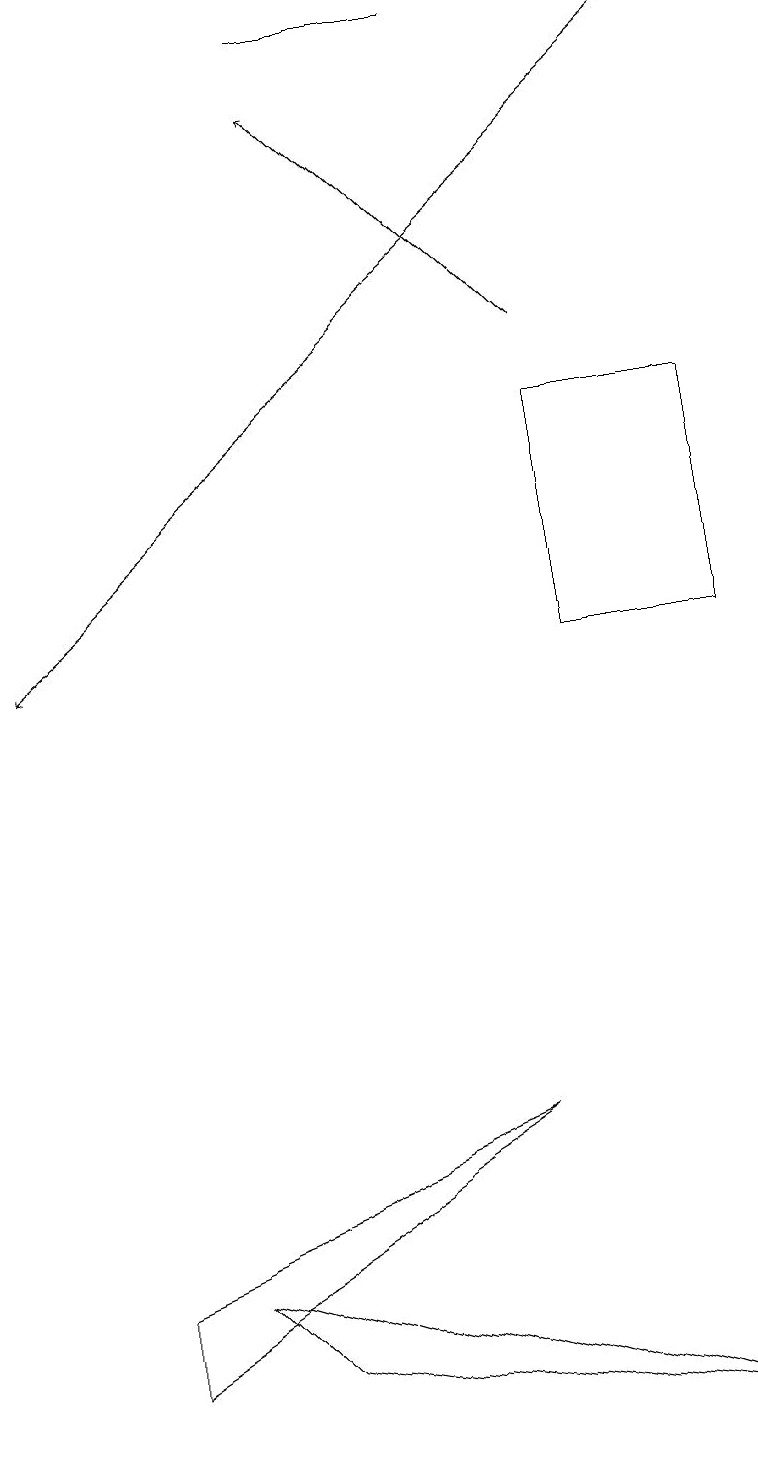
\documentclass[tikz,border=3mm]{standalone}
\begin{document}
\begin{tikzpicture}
\draw (6,5) -- (1,3) -- (1,2) -- cycle;
\draw (6,19) rectangle (4,19);
\draw (7,14) rectangle (9,11);
\draw[->] (9,19) -- (0,11);
\draw[->] (7,15) -- (4,18);
\draw (2,3) -- (9,1) -- (3,2) -- cycle;
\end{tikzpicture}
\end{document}